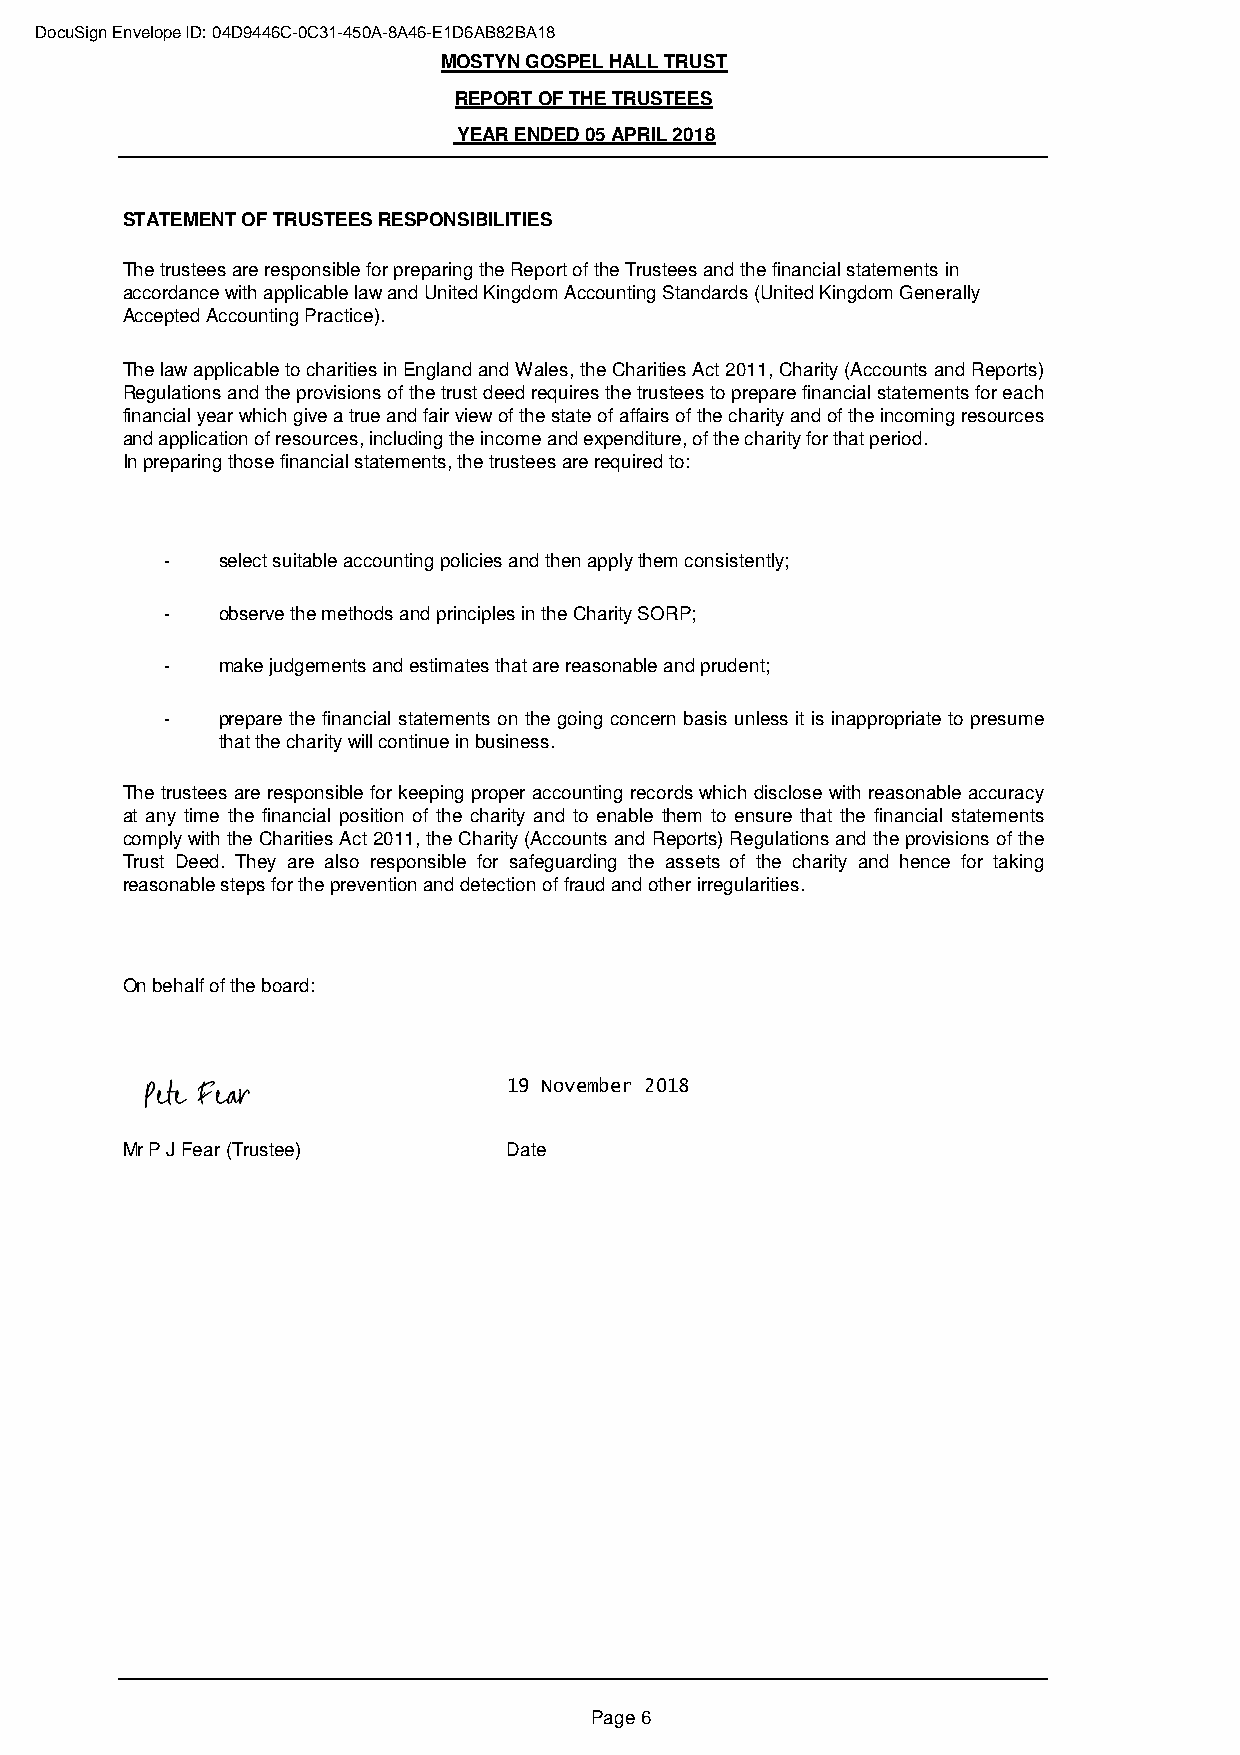
DocuSign Envelope ID: 04D9446C-0C31-450A-8A46-E1D6AB82BA18
 MOSTYN GOSPEL HALL TRUST
 REPORT OF THE TRUSTEES
 YEAR ENDED 05 APRIL 2018
 STATEMENT OF TRUSTEES RESPONSIBILITIES
 The trustees are responsible for preparing the Report of the Trustees and the financial statements in
 accordance with applicable law and United Kingdom Accounting Standards (United Kingdom Generally
 Accepted Accounting Practice).
 ThelawapplicabletocharitiesinEnglandandWales,theCharitiesAct2011,Charity(AccountsandReports)
 Regulationsandtheprovisionsofthetrustdeedrequiresthetrusteestopreparefinancialstatementsforeach
 financialyearwhichgiveatrueandfairviewofthestateofaffairsofthecharityandoftheincomingresources
 and application of resources, including the income and expenditure, of the charity for that period.
 In preparing those financial statements, the trustees are required to:
 -  select suitable accounting policies and then apply them consistently;
 -  observe the methods and principles in the Charity SORP;
 -  make judgements and estimates that are reasonable and prudent;
 -  prepare the financial statements on the going concern basis unless it is inappropriate to presume
 that the charity will continue in business.
 The trustees are responsible for keeping proper accounting records which disclose with reasonable accuracy
 at any time the financial position of the charity and to enable them to ensure that the financial statements
 complywiththeCharitiesAct2011,theCharity(AccountsandReports)Regulationsandtheprovisionsofthe
 Trust Deed. They are also responsible for safeguarding the assets of the charity and hence for taking
 reasonable steps for the prevention and detection of fraud and other irregularities.
 On behalf of the board:
 19 November 2018
 Mr P J Fear (Trustee)     Date
 Page 6